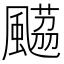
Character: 𩘡